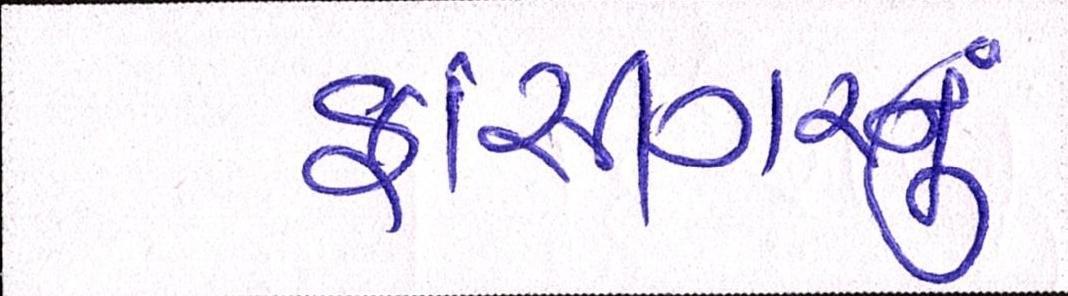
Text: ફાંસીગરનું